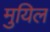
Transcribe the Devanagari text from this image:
मुयिल